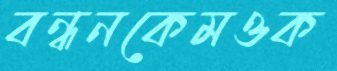
বন্ধনকেমওক